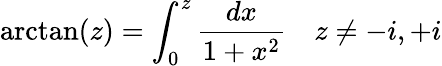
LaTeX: \arctan(z)=\int_{0}^{z}{\frac{dx}{1+x^{2}}}\quad z\neq-i,+i